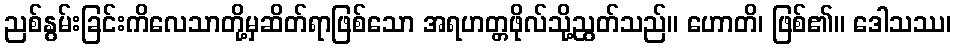
ညစ်နွမ်းခြင်းကိလေသာတို့မှဆိတ်ရာဖြစ်သော အရဟတ္တဖိုလ်သို့ညွတ်သည်။ ဟောတိ၊ ဖြစ်၏။ ဒေါသဿ၊